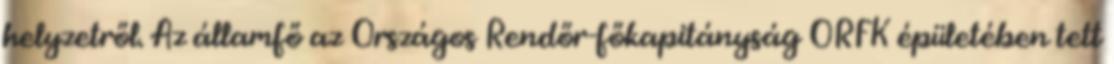
helyzetről. Az államfő az Országos Rendőr-főkapitányság ORFK épületében tett